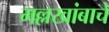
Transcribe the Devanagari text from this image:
मल्लखांबाचे